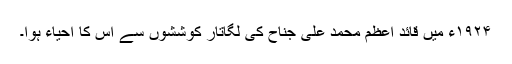
١٩٢۴ء میں قائد اعظم محمد علی جناح کی لگاتار کوششوں سے اس کا احیاء ہوا۔